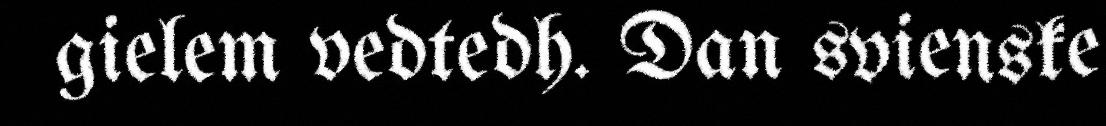
gielem vedtedh. Dan svienske